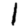
Digit: 1